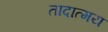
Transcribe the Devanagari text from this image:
तादात्मय